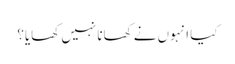
کیا انہوں نے کھانا نہیں کھایا؟